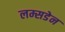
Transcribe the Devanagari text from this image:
लम्सडेन